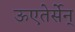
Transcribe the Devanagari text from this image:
ऊएतेर्सेन्